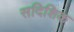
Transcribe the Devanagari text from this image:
सदिशिक